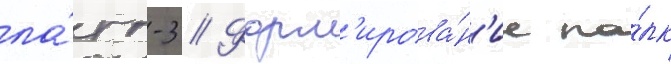
ла́гг-3 // Форм'ирова́н'ие по́лк